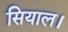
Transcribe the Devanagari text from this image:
सियाल।